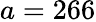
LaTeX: a=266